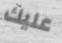
عليك